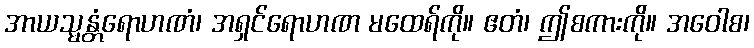
အာယသ္မန္တံရောဟဏံ၊ အရှင်ရောဟဏ မထေရ်ကို။ ဧတံ၊ ဤစကားကို။ အဝေါစ၊